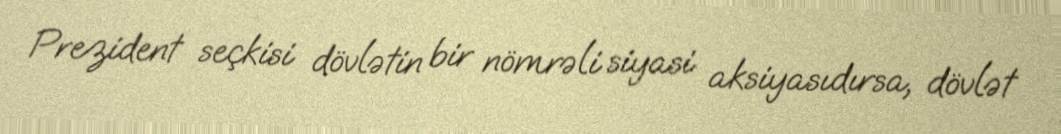
Prezident seçkisi dövlətin bir nömrəli siyasi aksiyasıdırsa, dövlət